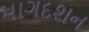
માગદશન